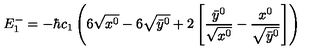
E _ { 1 } ^ { - } = - \hbar c _ { 1 } \left( 6 \sqrt { x ^ { 0 } } - 6 \sqrt { \bar { y } ^ { 0 } } + 2 \left[ \frac { \bar { y } ^ { 0 } } { \sqrt { x ^ { 0 } } } - \frac { x ^ { 0 } } { \sqrt { \bar { y } ^ { 0 } } } \right] \right)